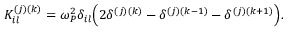
K _ { i l } ^ { ( j ) ( k ) } = \omega _ { P } ^ { 2 } \delta _ { i l } \Big ( 2 \delta ^ { ( j ) ( k ) } - \delta ^ { ( j ) ( k - 1 ) } - \delta ^ { ( j ) ( k + 1 ) } \Big ) .